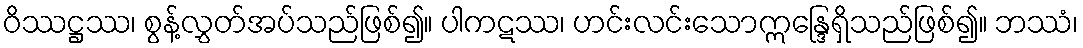
ဝိဿဋ္ဌဿ၊ စွန့်လွှတ်အပ်သည်ဖြစ်၍။ ပါကဋဿ၊ ဟင်းလင်းသောဣန္ဒြေရှိသည်ဖြစ်၍။ ဘဿံ၊